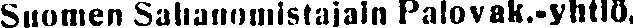
Suomen Sahanomistajain Palovak.-yhtiö,